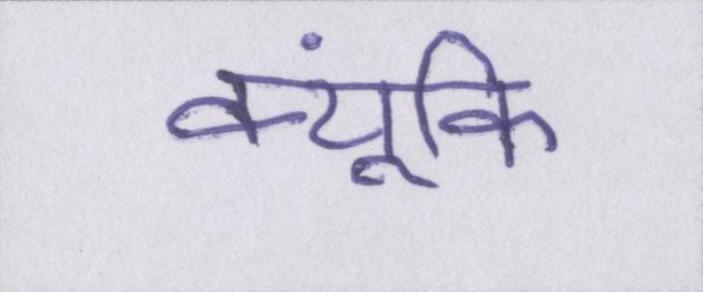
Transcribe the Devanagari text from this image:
क्यूंकि